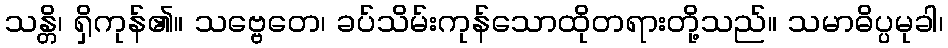
သန္တိ၊ ရှိကုန်၏။ သဗ္ဗေတေ၊ ခပ်သိမ်းကုန်သောထိုတရားတို့သည်။ သမာဓိပ္ပမုခါ၊